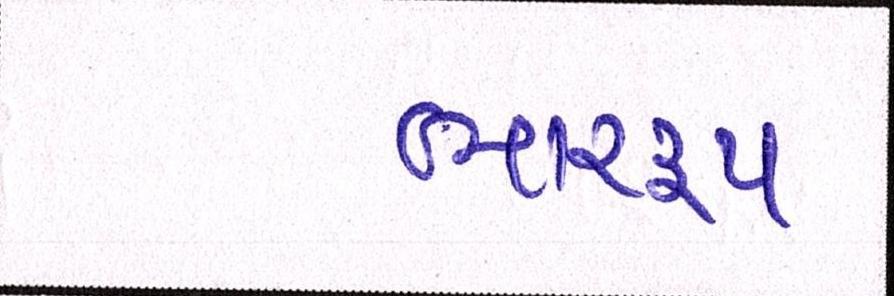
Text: ભારરૂપ